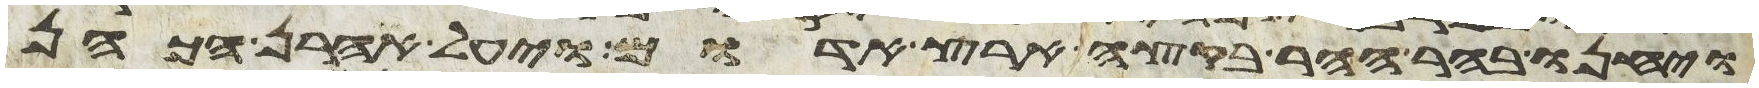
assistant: ויחנו בהר ההר בקצה ארץ אדום ויעל אהרן הכהן